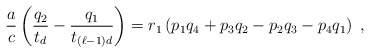
\begin{align*}\frac{a}{c} \left( \frac{q_2}{t_d} - \frac{q_1}{t_{(\ell-1)d}} \right) =r_1 \left( p_1 q_4 + p_3 q_2 - p_2 q_3 - p_4 q_1 \right) \;,\end{align*}